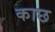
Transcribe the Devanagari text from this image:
काछ